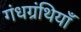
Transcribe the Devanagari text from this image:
गंधग्रंथियाँ